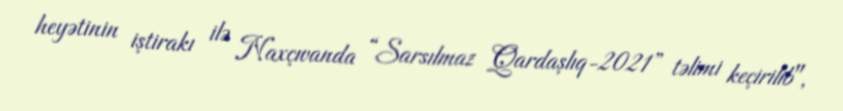
heyətinin iştirakı ilə Naxçıvanda “Sarsılmaz Qardaşlıq-2021” təlimi keçirilib",